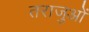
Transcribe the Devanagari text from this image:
तराजुओं